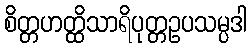
စိတ္တဟတ္ထိသာရိပုတ္တဥပသမ္ပဒါ